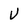
Character: V